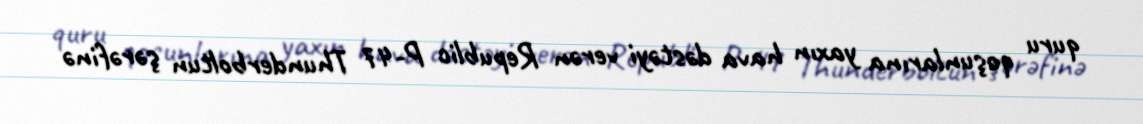
quru qoşunlarına yaxın hava dəstəyi verən Republic P-47 Thunderboltun şərəfinə